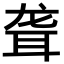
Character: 聋